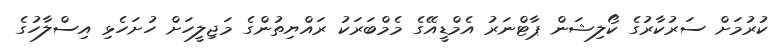
ކުރުމަށް ސަރުކާރުގެ ކޯލިޝަން ޕާޓްނަރު އެމްޑީއޭގެ މެމްބަރަކު ރައްޔިތުންގެ މަޖިލީހަށް ހުށަހެޅި އިސްލާހުގެ